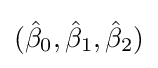
({\hat {\beta }}_{0},{\hat {\beta }}_{1},{\hat {\beta }}_{2})